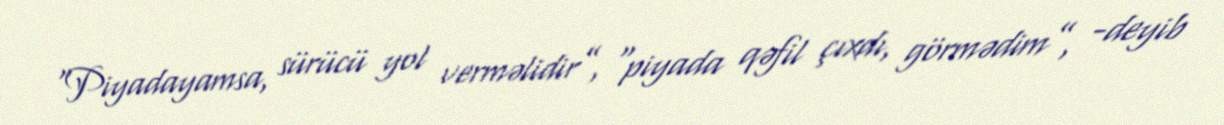
“Piyadayamsa, sürücü yol verməlidir”, “piyada qəfil çıxdı, görmədim”, -deyib